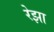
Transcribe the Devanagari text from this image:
रेझा